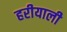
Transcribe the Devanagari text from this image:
हरीयाली